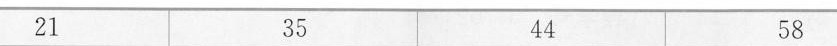
21 35 44 58